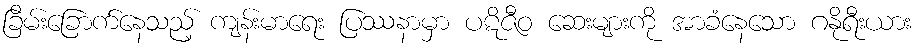
ခြိမ်းခြောက်နေသည့် ကျန်းမာရေး ပြဿနာမှာ ပဋိဇီဝ ဆေးများကို အာခံနေသော ဂနိုရီးယား